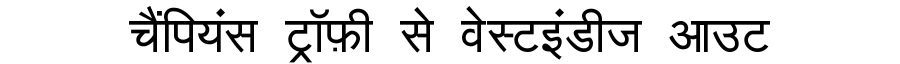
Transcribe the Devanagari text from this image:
चैंपियंस ट्रॉफ़ी से वेस्टइंडीज आउट